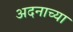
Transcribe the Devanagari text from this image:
अदनाच्या